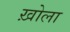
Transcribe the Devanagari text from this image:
ख़ोला